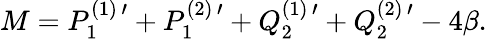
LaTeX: M=P_{1}^{(1)\, \prime}+P_{1}^{(2)\, \prime}+Q_{2}^{(1)\, \prime}+Q_{2}^{(2)\, \prime}-4\beta.